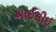
આઈસીઈ